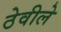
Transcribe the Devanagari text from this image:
ठेवीले